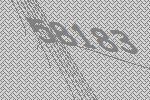
58183